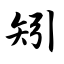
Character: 矧